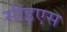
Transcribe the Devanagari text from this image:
सीइएस